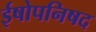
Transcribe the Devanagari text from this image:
ईषोपनिषद